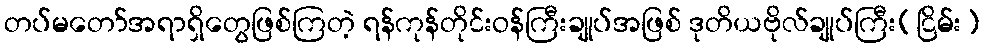
တပ်မတော်အရာရှိတွေဖြစ်ကြတဲ့ ရန်ကုန်တိုင်းဝန်ကြီးချုပ်အဖြစ် ဒုတိယဗိုလ်ချုပ်ကြီး(ငြိမ်း)